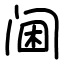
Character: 阃